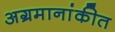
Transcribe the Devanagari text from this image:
अग्रमानांकीत